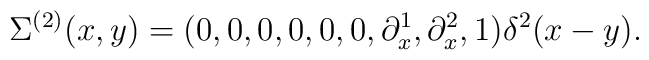
\Sigma^{(2)}(x,y) = (0,0,0,0,0,0,\partial^1_x,\partial^2_x, 1) \delta^2(x-y).